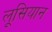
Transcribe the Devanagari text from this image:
लूसियान